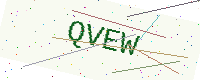
Text: QVEW